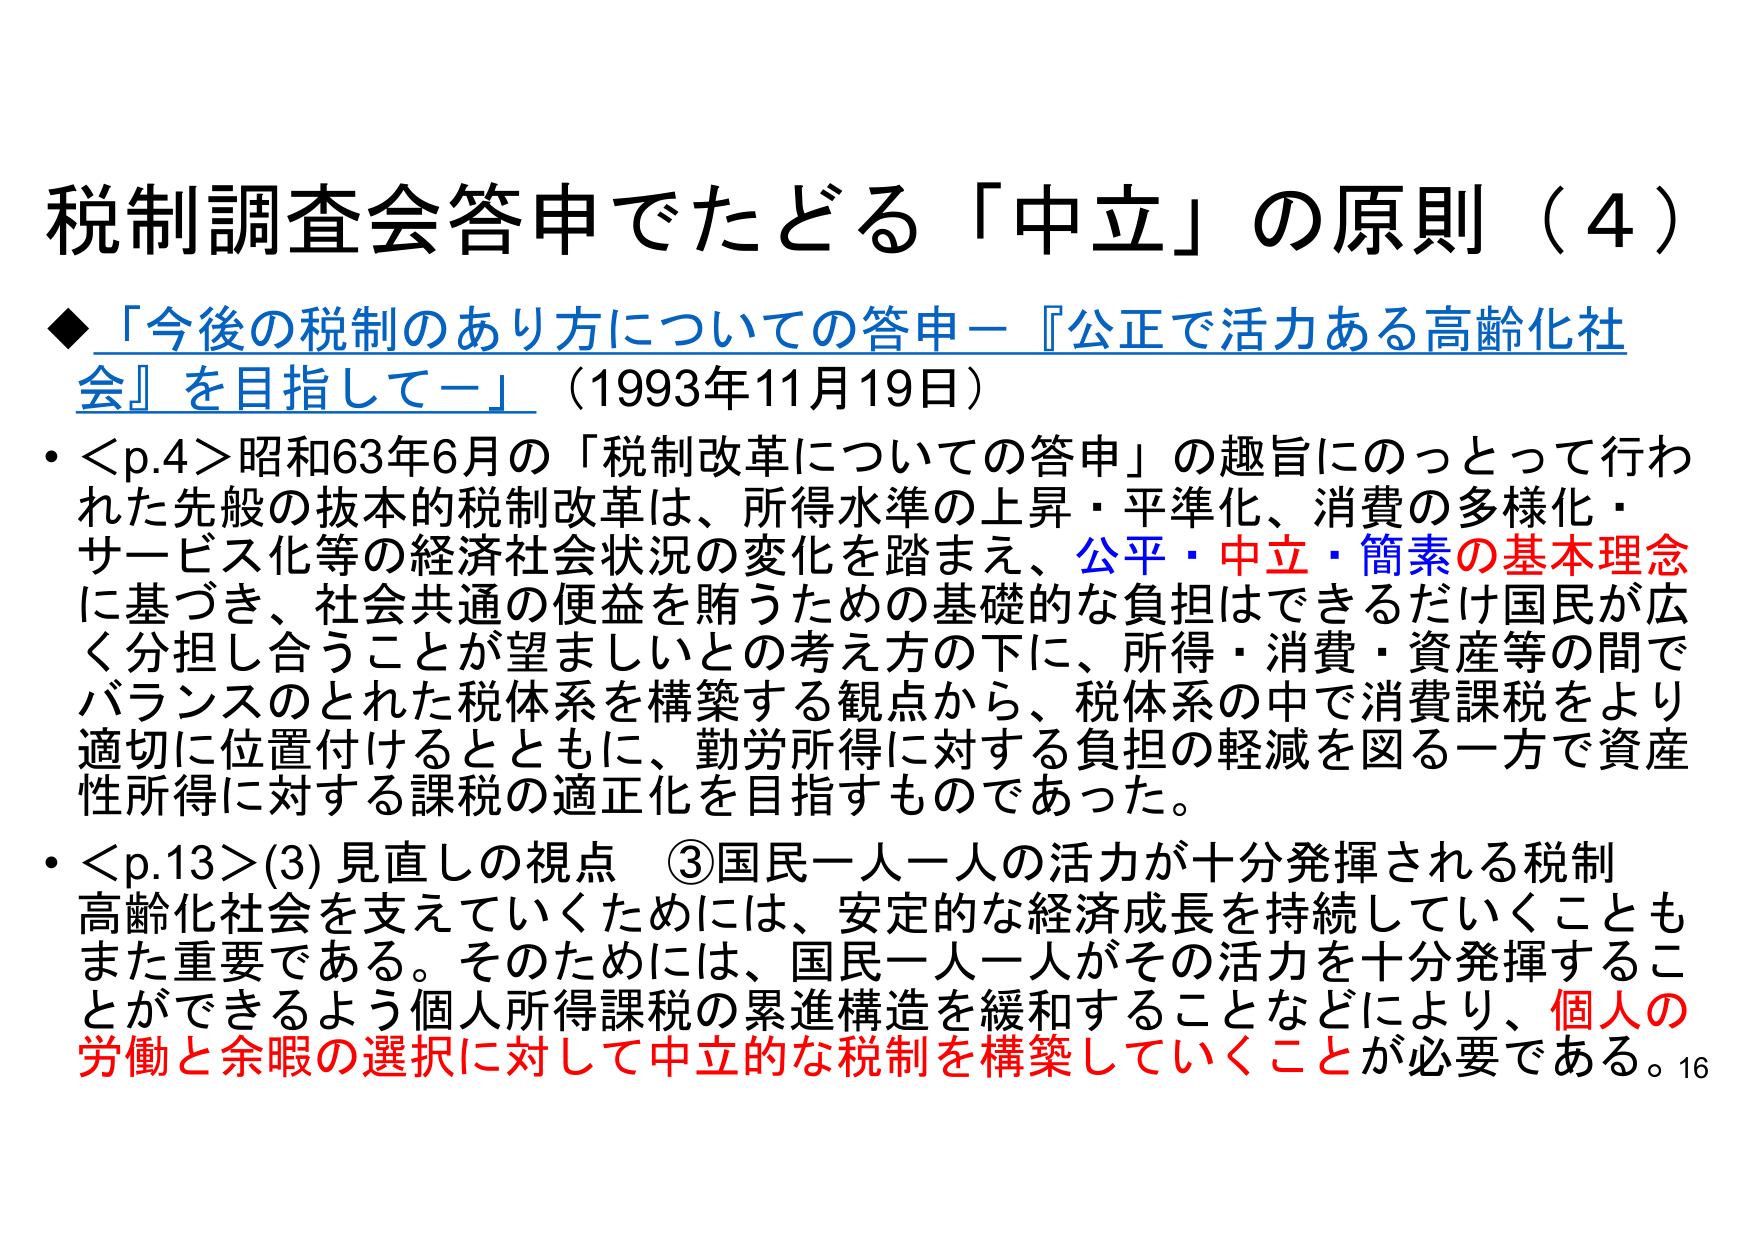
税制調査会答申でたどる「中立」の原則（4）

◆「今後の税制のあり方についての答申－『公正で活力ある高齢化社会』を目指して－」（1993年11月19日）

• <p.4> 昭和63年6月の「税制改革についての答申」の趣旨にのっとって行われた先般の抜本的税制改革は、所得水準の上昇・平準化、消費の多様化・サービス化等の経済社会状況の変化を踏まえ、公平・中立・簡素の基本理念に基づき、社会共通の便益を賄うための基礎的な負担はできるだけ国民が広く分担し合うことが望ましいとの考え方の下に、所得・消費・資産等の間でバランスのとれた税体系を構築する観点から、税体系の中で消費課税をより適切に位置付けるとともに、勤労所得に対する負担の軽減を図る一方で資産性所得に対する課税の適正化を目指すものであった。

• <p.13> (3) 見直しの視点 ③国民一人一人の活力が十分発揮される税制
高齢化社会を支えていくためには、安定的な経済成長を持续していくこともまた重要である。そのためには、国民一人一人がその活力を十分発揮することができるよう個人所得課税の累進構造を緩和することなどにより、個人の労働と余暇の選択に対して中立的な税制を構築していくことが必要である。16